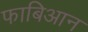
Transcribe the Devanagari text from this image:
फाबिआन